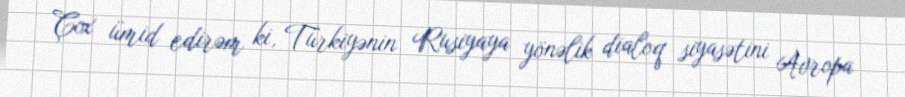
Çox ümid edirəm ki, Türkiyənin Rusiyaya yönəlik dialoq siyasətini Avropa